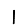
Digit: 1